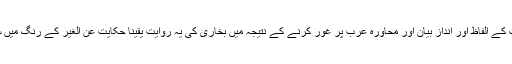
پھر خود اس حدیث کے الفاظ اور انداز بیان اور محاورہ عرب پر غور کرنے کے نتیجہ میں بخاری کی یہ روایت یقیناً حکایت عن الغیر کے رنگ میں سمجھی جائے گی۔